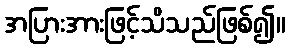
အပြားအားဖြင့်သိသည်ဖြစ်၍။